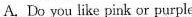
A. Do you like pink or purple